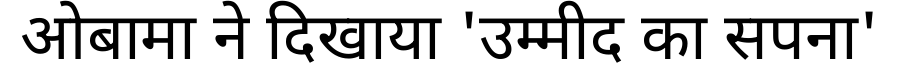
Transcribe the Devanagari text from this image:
ओबामा ने दिखाया 'उम्मीद का सपना'